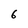
Character: 6